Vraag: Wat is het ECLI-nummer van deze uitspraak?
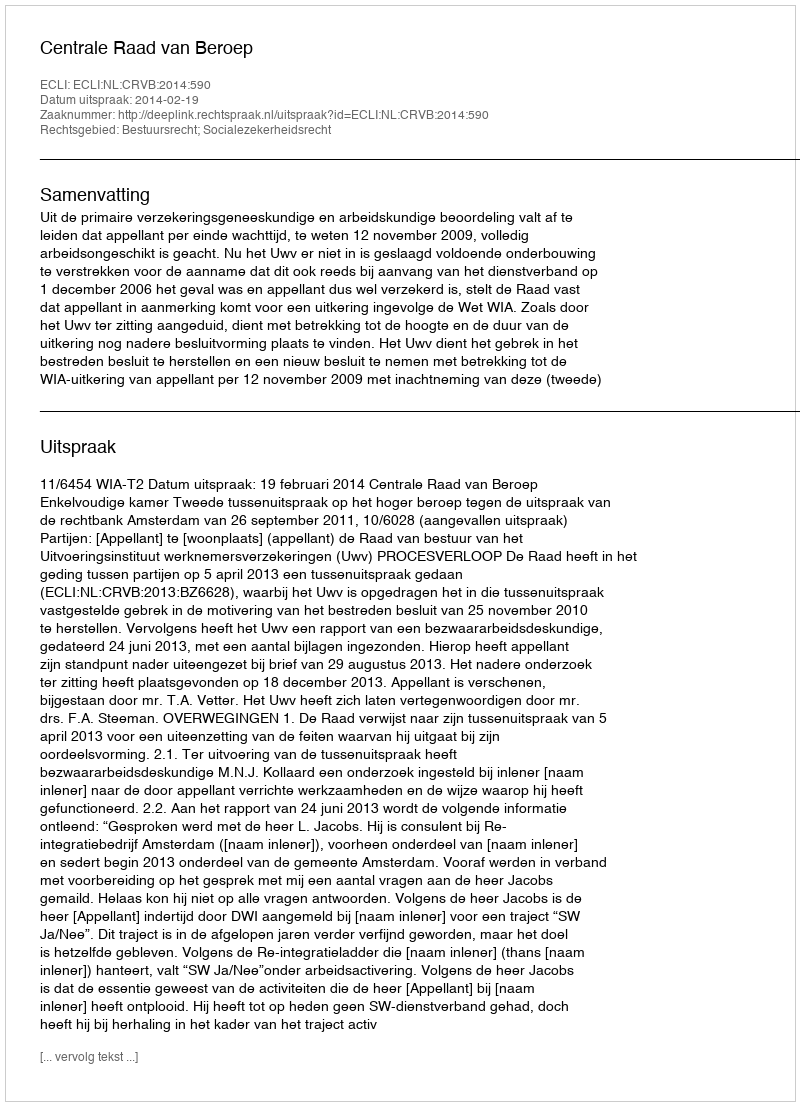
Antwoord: ECLI:NL:CRVB:2014:590